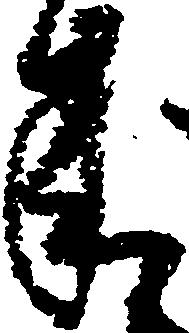
承